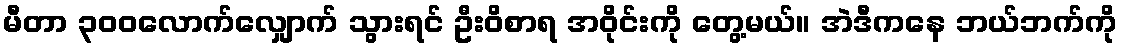
မီတာ ၃၀၀လောက်လျှောက် သွားရင် ဦးဝိစာရ အဝိုင်းကို တွေ့မယ်။ အဲဒီကနေ ဘယ်ဘက်ကို